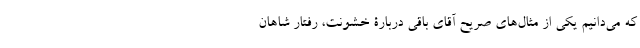
که می‌دانیم یکی از مثال‌های صریح آقای باقی دربارۀ خشونت، رفتار شاهان